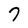
Character: 7